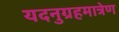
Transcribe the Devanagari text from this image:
यदनुग्रहमात्रेण